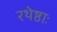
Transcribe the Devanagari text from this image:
रथेष्ठाः